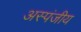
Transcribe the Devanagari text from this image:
अस्पंजीय